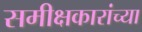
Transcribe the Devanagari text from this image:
समीक्षकारांच्या